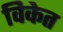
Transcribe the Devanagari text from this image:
विकेत